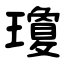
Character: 瓊